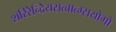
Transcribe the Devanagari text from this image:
शरिरेन्द्रियसत्वात्म्सयोगो